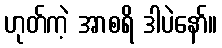
ဟုတ်ကဲ့ အာစရိ ဒါပဲနော်။